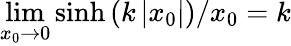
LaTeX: \operatorname*{lim}_{x_{0}\to 0}\sinh\left(k\left|x_{0}\right|\right)/x_{0}=k